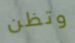
وتظن